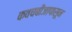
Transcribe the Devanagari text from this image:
कवचबीजापासून